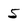
Character: 5